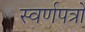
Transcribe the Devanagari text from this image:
स्वर्णपत्रों